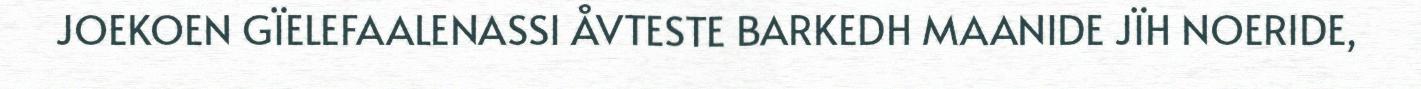
JOEKOEN GÏELEFAALENASSI ÅVTESTE BARKEDH MAANIDE JÏH NOERIDE,